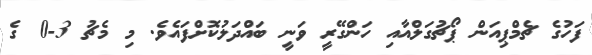
ފަހުގެ ޗެމްޕިއަން ޕޯޗުގަލްއާއި ހަންގޭރީ ވަނީ ބައްދަލުކޮށްފައެވެ. މި މެޗު 3-0 ގެ